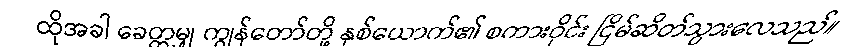
ထိုအခါ ခေတ္တမျှ ကျွန်တော်တို့ နှစ်ယောက်၏ စကားဝိုင်း ငြိမ်ဆိတ်သွားလေသည်။